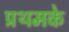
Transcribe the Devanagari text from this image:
प्रथमके